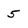
Character: 5